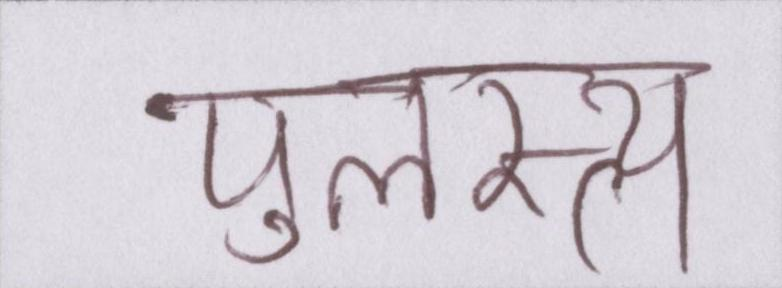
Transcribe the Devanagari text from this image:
पुलस्त्य